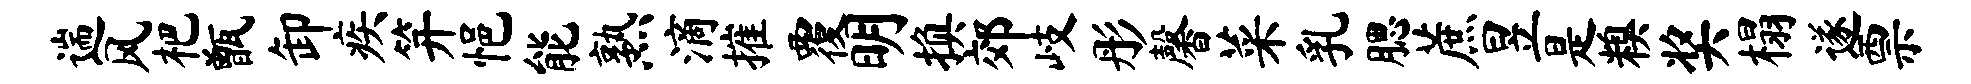
遄风杷甑卸疾笄悒能熟滴摧覆明换郊岐彤馨菜乳腮蔗昱是糗奖榻遂票